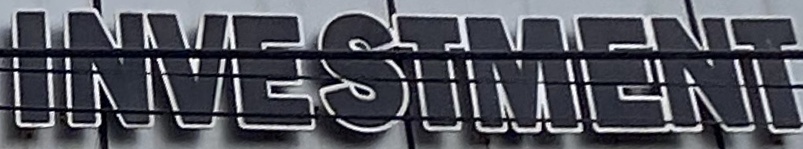
INVESTMENT